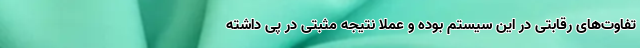
تفاوت‌های رقابتی در این سیستم بوده و عملا نتیجه مثبتی در پی داشته